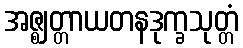
အဇ္ဈတ္တာယတနဒုက္ခသုတ္တံ